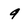
Character: 9